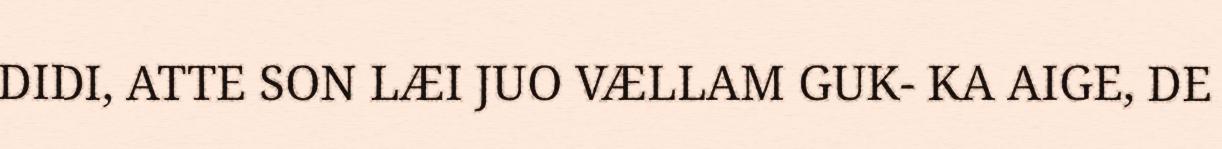
DIDI, ATTE SON LÆI JUO VÆLLAM GUK- KA AIGE, DE